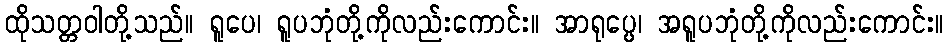
ထိုသတ္တဝါတို့သည်။ ရူပေ၊ ရူပဘုံတို့ကိုလည်းကောင်း။ အာရုပ္ပေ၊ အရူပဘုံတို့ကိုလည်းကောင်း။